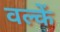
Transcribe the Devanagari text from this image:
वल्कें